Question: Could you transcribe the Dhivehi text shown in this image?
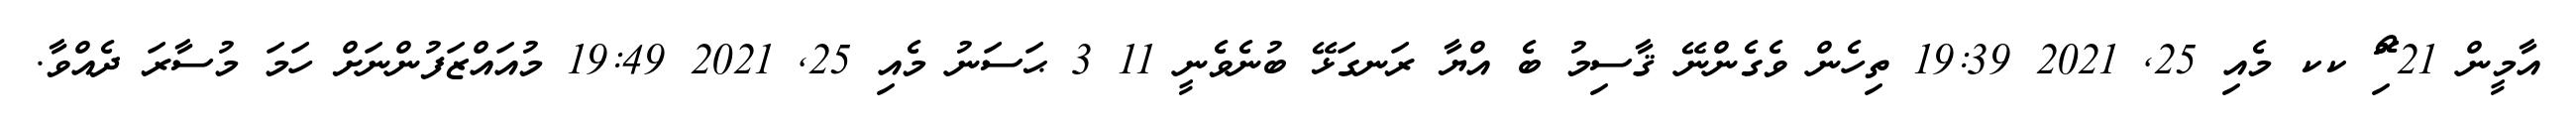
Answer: އާމީން 21 ޯޮޮި ކކ މެއި 25, 2021 19:39 ތިހެން ވެގެންނޭ ޤާސިމު ބެ އްޔާ ރަނގަޅޭ ބުނެވެނީ 11 3 ޙަސަނު މެއި 25, 2021 19:49 މުއައްޒަފުންނަށް ހަމަ މުސާރަ ދެއްވާ.